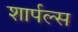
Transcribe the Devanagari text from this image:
शार्पल्स